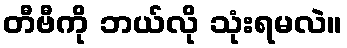
တီဗီကို ဘယ်လို သုံးရမလဲ။